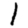
Digit: 1